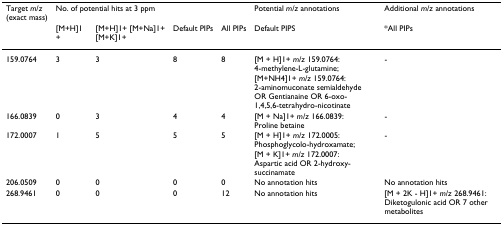
<table><thead><tr><td><b>Target <i>m</i>/<i>z</i>(exact mass)</b></td><td colspan="4"><b>No. of potential hits at 3 ppm</b></td><td><b>Potential <i>m</i>/<i>z </i>annotations</b></td><td><b>Additional <i>m</i>/<i>z </i>annotations</b></td></tr><tr><td></td><td><b>[M+H]1+</b></td><td><b>[M+H]1+ [M+Na]1+[M+K]1+</b></td><td><b>Default PIPs</b></td><td><b>All PIPs</b></td><td><b>Default PIPS</b></td><td><b>*All PIPs</b></td></tr></thead><tbody><tr><td>159.0764</td><td>3</td><td>3</td><td>8</td><td>8</td><td>[M + H]1+ <i>m</i>/<i>z </i>159.0764:4-methylene-L-glutamine; [M+NH4]1+ <i>m</i>/<i>z </i>159.0764:2-aminomuconate semialdehydeOR Gentianaine OR 6-oxo-1,4,5,6-tetrahydro-nicotinate</td><td>-</td></tr><tr><td>166.0839</td><td>0</td><td>3</td><td>4</td><td>4</td><td>[M + Na]1+ <i>m</i>/<i>z </i>166.0839:Proline betaine</td><td>-</td></tr><tr><td>172.0007</td><td>1</td><td>5</td><td>5</td><td>5</td><td>[M + H]1+ <i>m</i>/<i>z </i>172.0005:Phosphoglycolo-hydroxamate;[M + K]1+ <i>m</i>/<i>z </i>172.0007:Aspartic acid OR 2-hydroxy-succinamate</td><td>-</td></tr><tr><td>206.0509</td><td>0</td><td>0</td><td>0</td><td>0</td><td>No annotation hits</td><td>No annotation hits</td></tr><tr><td>268.9461</td><td>0</td><td>0</td><td>0</td><td>12</td><td>No annotation hits</td><td>[M + 2K - H]1+ <i>m</i>/<i>z </i>268.9461:Diketogulonic acid OR 7 other metabolites</td></tr></tbody></table>